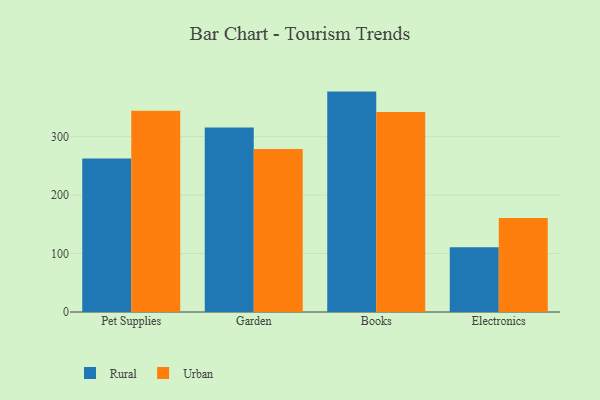
{"axis": {"x": "Category", "y": "Backlog"}, "legend": ["Rural", "Urban"], "data": [{"x": "Pet Supplies", "y": 262.5, "type": "Rural"}, {"x": "Pet Supplies", "y": 344.3, "type": "Urban"}, {"x": "Garden", "y": 315.8, "type": "Rural"}, {"x": "Garden", "y": 278.7, "type": "Urban"}, {"x": "Books", "y": 377.0, "type": "Rural"}, {"x": "Books", "y": 342.2, "type": "Urban"}, {"x": "Electronics", "y": 110.6, "type": "Rural"}, {"x": "Electronics", "y": 161.0, "type": "Urban"}]}